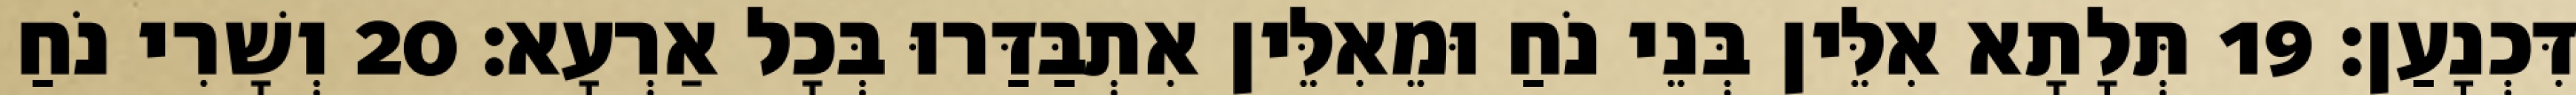
דִּכְנָעַן׃ 19 תְּלָתָא אִלֵּין בְּנֵי נֹחַ וּמֵאִלֵּין אִתְבַּדַּרוּ בְּכָל אַרְעָא׃ 20 וְשָׁרִי נֹחַ